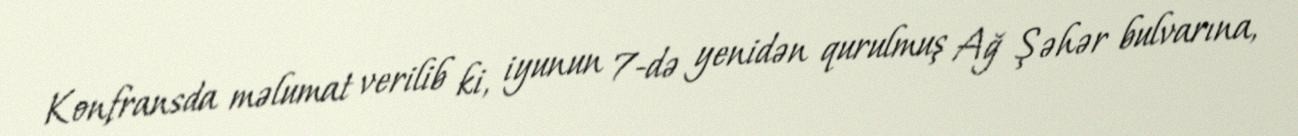
Konfransda məlumat verilib ki, iyunun 7-də yenidən qurulmuş Ağ Şəhər bulvarına,